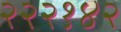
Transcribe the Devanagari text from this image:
२२२१४२